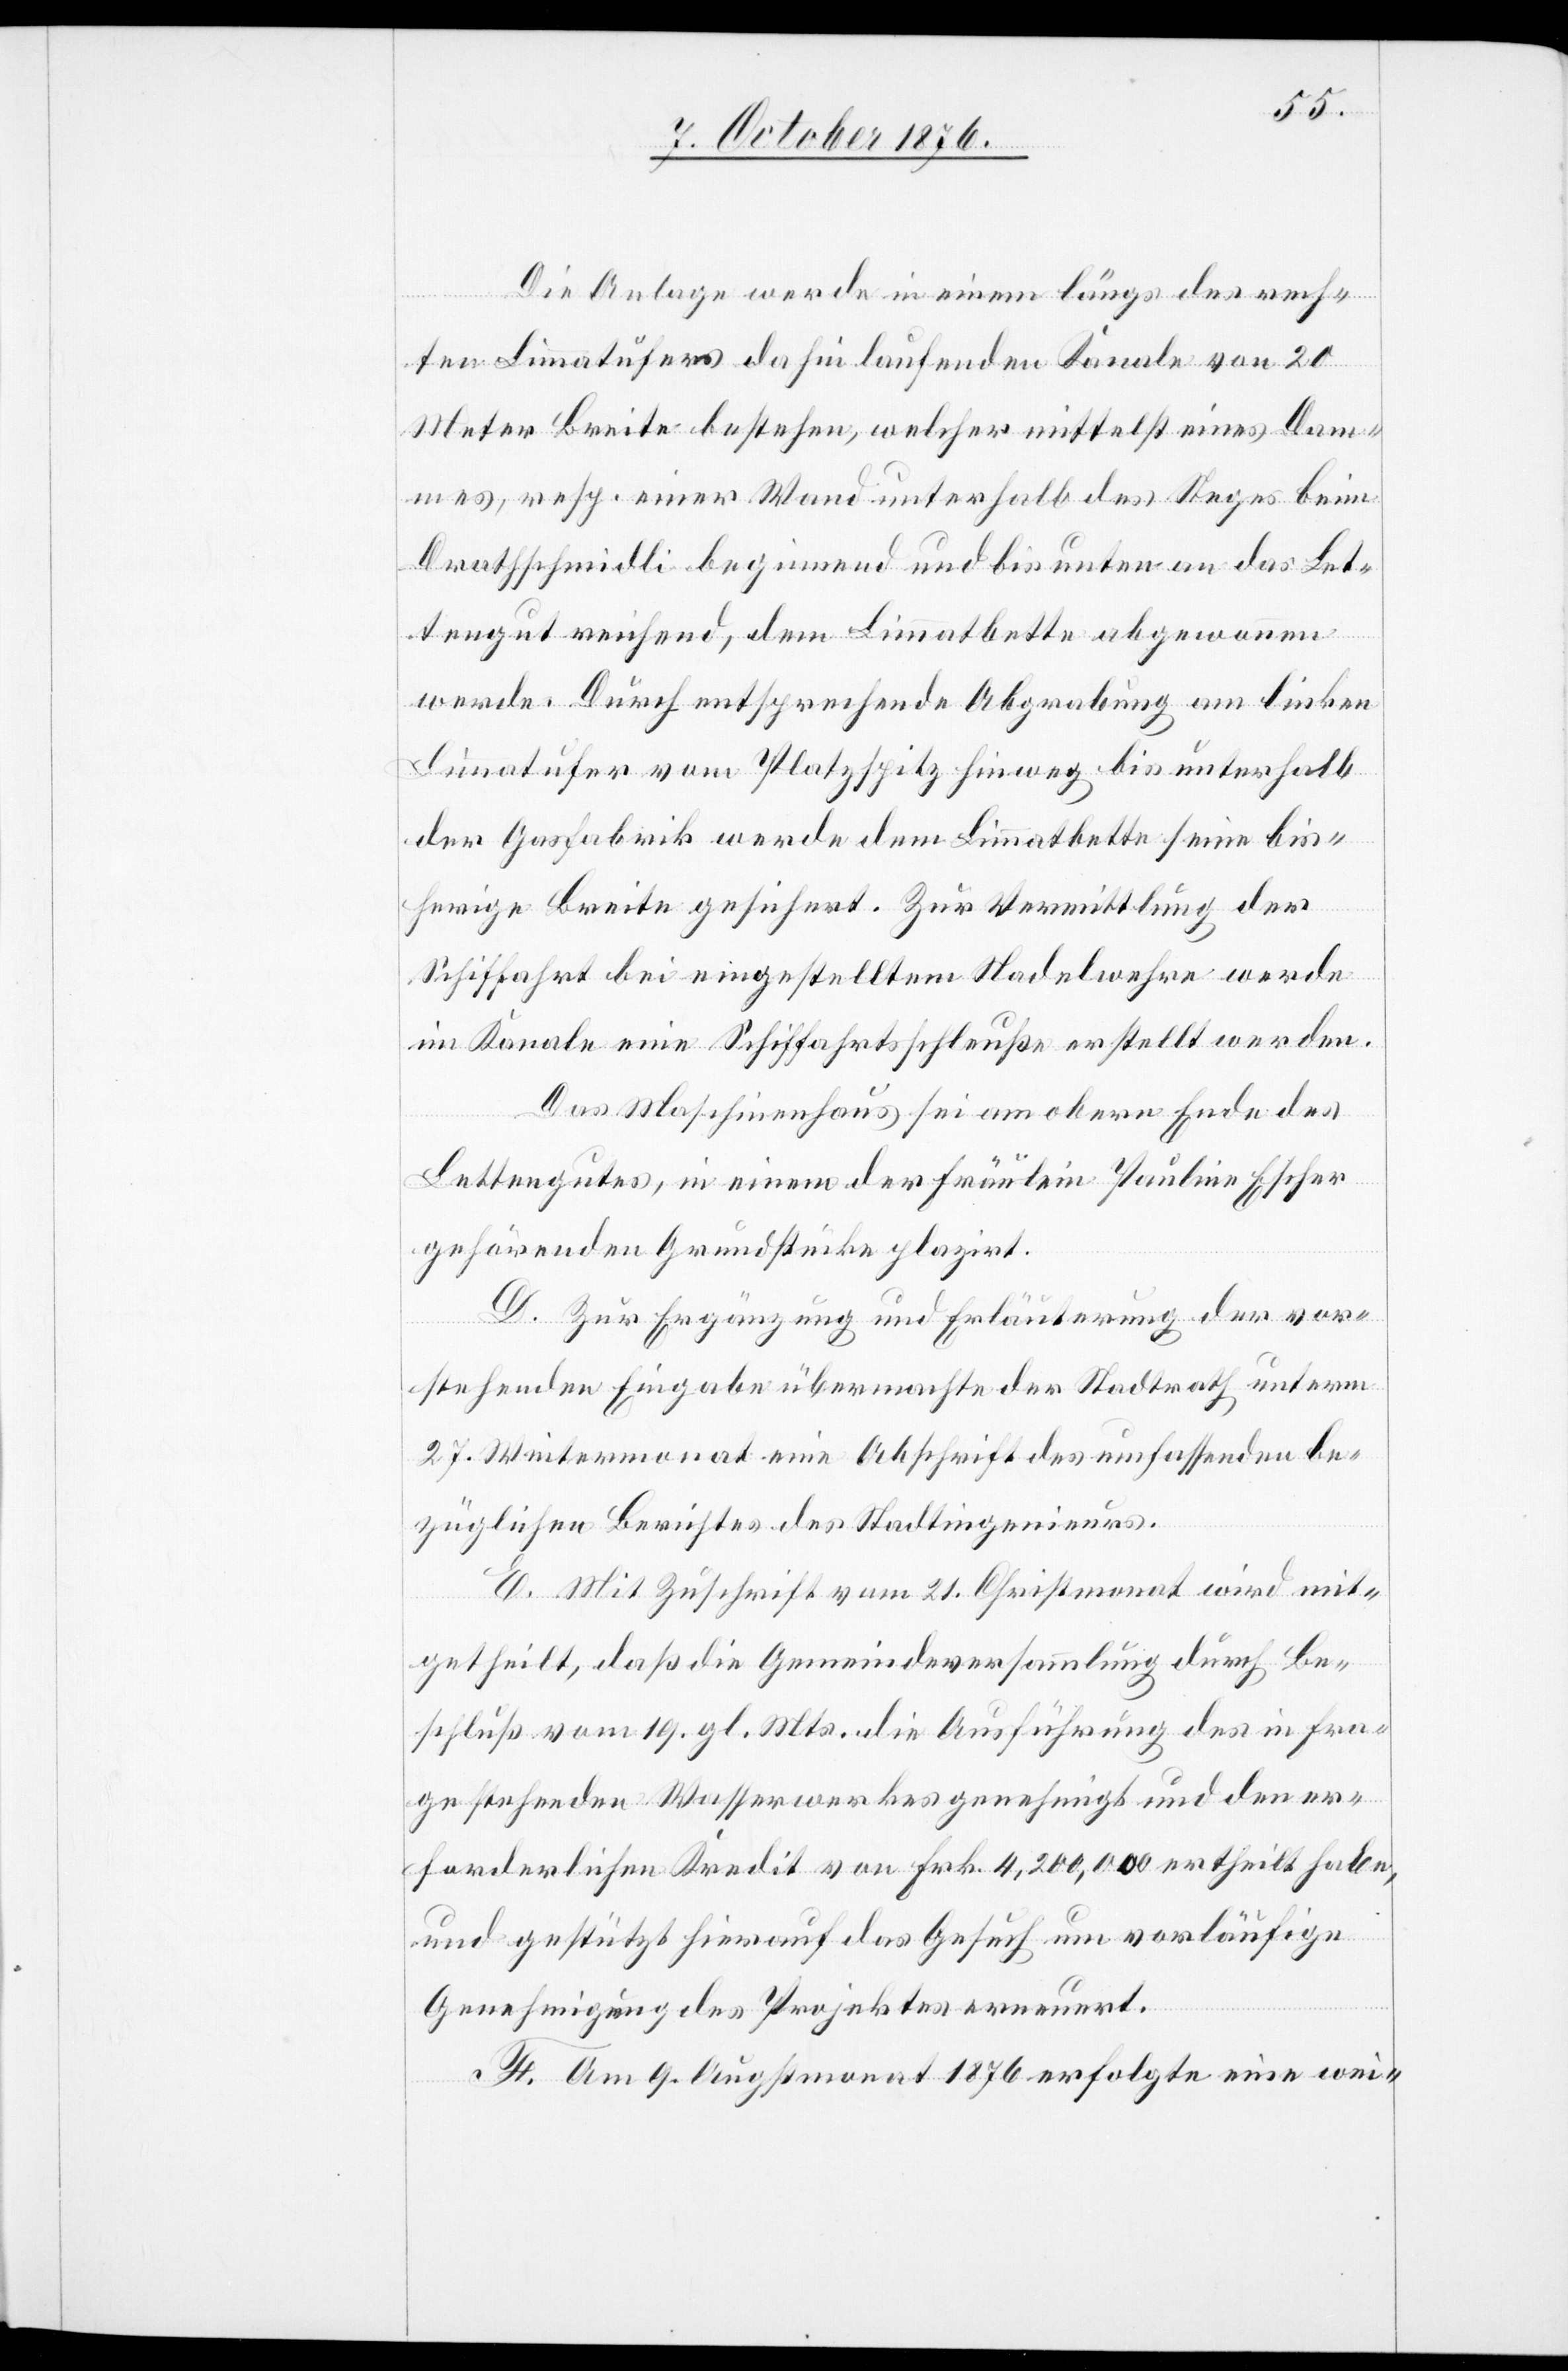
Die Anlage werde in einen längs des rech¬
ten Limmatufers dahinlaufenden Kanale von 20
Meter Breite bestehen, welcher mittelst eines Dam¬
mes, resp. einer Wand unterhalb des Steges beim
Drathschmidli beginnend und bis unten an das Let¬
tengut reichend, dem Limmatbette abgewonnen
werde. Durch entsprechende Abgrabung am linken
Limmatufer vom Platzspitz hinweg bis unterhalb
der Gasfabrik werde dem Limmatbette seine bis¬
herige Breite gesichert. Zur Vermittlung der
Schiffahrt bei eingestelltem Nadelwehre werde
im Kanale eine Schiffahrtsschleuße erstellt werden.
Das Maschinenhaus sei am obern Ende des
Lettengutes, in einem der Fräulein Paulina Escher
gehörenden Grundstücke plazirt.
D. Zur Ergänzung und Erläuterung der vor¬
stehenden Eingabe übermachte der Stadtrath unterm
27. Wintermonat eine Abschrift des umfassenden be¬
züglichen Berichtes des Stadtingenieurs.
E. Mit Zuschrift vom 21. Christmonat wird mit¬
getheilt, daß die Gemeindeversammlung durch Be¬
schluß vom 19. gl. Mts. die Ausführung des in Fra¬
ge stehenden Wasserwerkes genehmigt und den er¬
forderlichen Kredit von Frk. 4,200,000 ertheilt habe,
und gestützt hierauf das Gesuch um vorläufige
Genehmigung des Projektes erneuert.
F. Am 9. Augstmonat 1876 erfolgte eine wei-